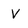
Character: V